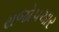
રાજોપચાર